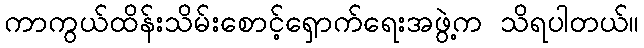
ကာကွယ်ထိန်းသိမ်းစောင့်ရှောက်ရေးအဖွဲ့က သိရပါတယ်။